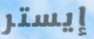
إيستر